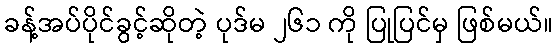
ခန့်အပ်ပိုင်ခွင့်ဆိုတဲ့ ပုဒ်မ ၂၆၁ ကို ပြုပြင်မှ ဖြစ်မယ်။